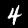
Digit: 4